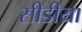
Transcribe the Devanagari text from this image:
सीडीया